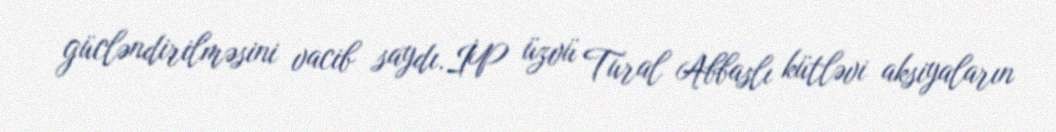
gücləndirilməsini vacib saydı.İP üzvü Tural Abbaslı kütləvi aksiyaların